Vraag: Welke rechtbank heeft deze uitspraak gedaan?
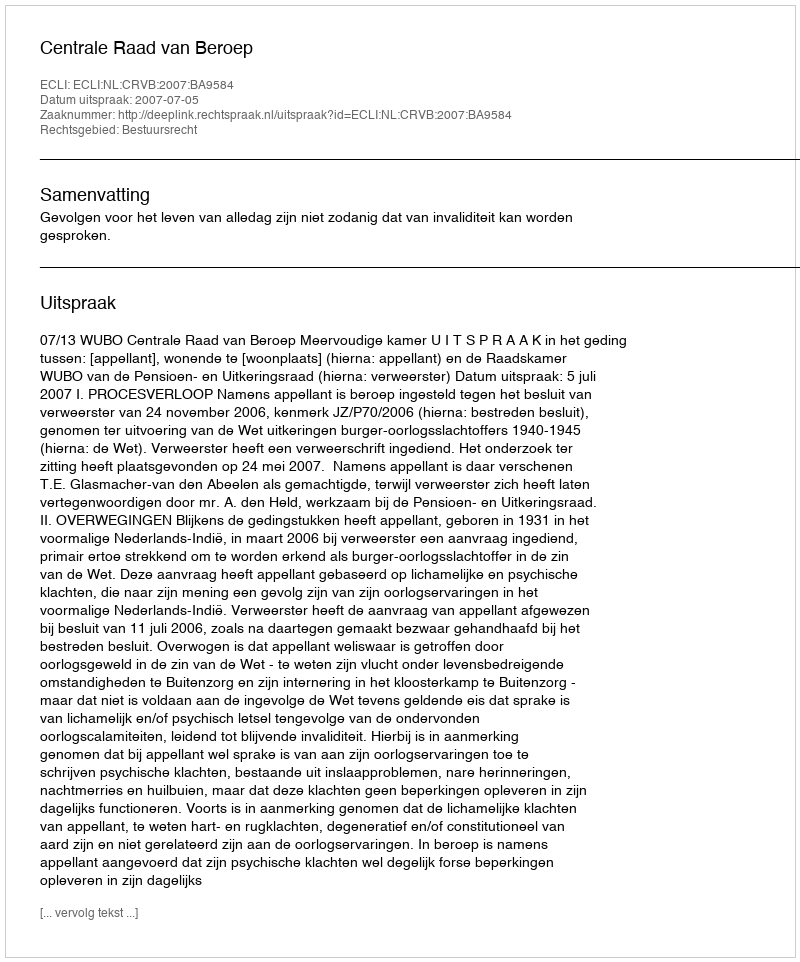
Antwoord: Centrale Raad van Beroep